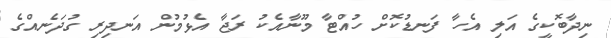
ނިދާބޮކީގެ އަލި އެހާ ފަނޑުކޮށް ހުއްޓާ މޫނާއެކު ރަޖާ އެޅުމުން އަނދިރި ގުދަނެއްގެ